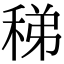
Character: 稊